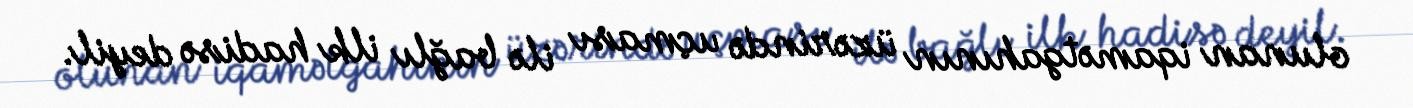
olunan iqamətgahının üzərində uçması ilə bağlı ilk hadisə deyil.